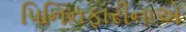
પિનિનફારીનાએ